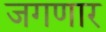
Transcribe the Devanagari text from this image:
जगणार